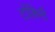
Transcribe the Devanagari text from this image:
टोंकिनी